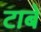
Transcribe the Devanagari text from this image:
टाबे